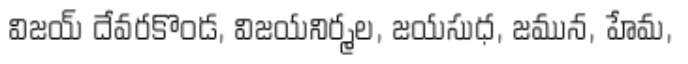
విజయ్ దేవరకొండ, విజయనిర్మల, జయసుధ, జమున, హేమ,